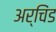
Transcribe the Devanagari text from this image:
अर्चिंड